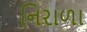
નિરાળા